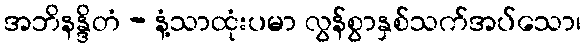
အဘိနန္ဒိတံ - နံ့သာထုံးပမာ လွန်စွာနှစ်သက်အပ်သော၊